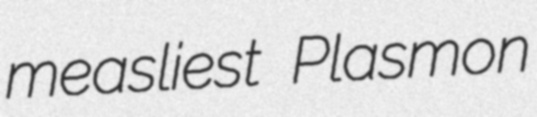
measliest Plasmon